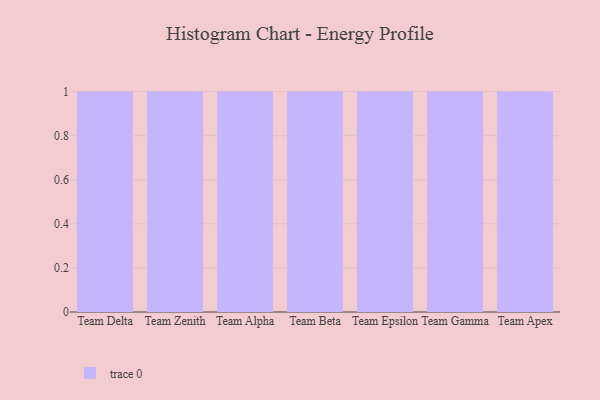
{"axis": {"x": "Team", "y": "Latency (ms)"}, "legend": [""], "data": [{"x": "Team Delta", "y": 56, "type": ""}, {"x": "Team Zenith", "y": 99, "type": ""}, {"x": "Team Alpha", "y": 33, "type": ""}, {"x": "Team Beta", "y": 12, "type": ""}, {"x": "Team Epsilon", "y": 71, "type": ""}, {"x": "Team Gamma", "y": 94, "type": ""}, {"x": "Team Apex", "y": 22, "type": ""}]}